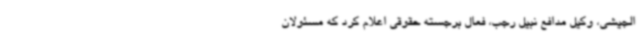
الجیشی، وکیل مدافع نبیل رجب، فعال برجسته حقوقی اعلام کرد که مسئولان